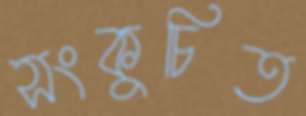
সংকুচিত